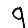
Digit: 9